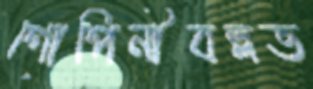
গোপিনীবল্লভ